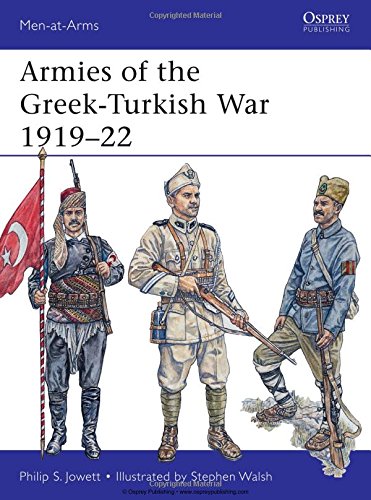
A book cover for Armies of the Greek-Turkish War 1919-22 (Men-at-Arms); Philip Jowett; History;